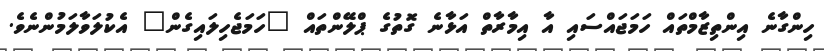
ހިންގާނެ އިންތިޒާމްތައް ހަމަޖައްސައި އާ އިމާރާތް އަޅާނެ ގޮތުގެ ޕްލޭންތައް "ހަމަޖެހިލައިގެން" އެކުލަވާލަމުންނެވެ.